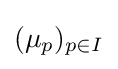
(\mu _{p})_{p\in I}